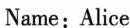
Name: Alice